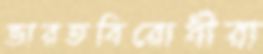
ভারতবিরোধীরা